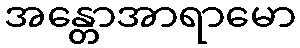
အန္တောအာရာမော